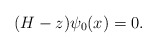
\begin{align*} (H-z)\psi_0(x)=0.\end{align*}